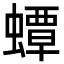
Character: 蟫